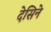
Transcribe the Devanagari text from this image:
देसिने